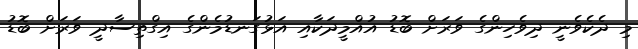
މި ދެކެވެނީ ދިވެހިންގެ ވަރަށް ބޮޑު އުއްމީދަކާއި އަޅުގަނޑުމެންގެ އިގްތިސާދީ ވަރަށް ބޮޑު